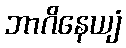
ဘာဂိနေယျံ